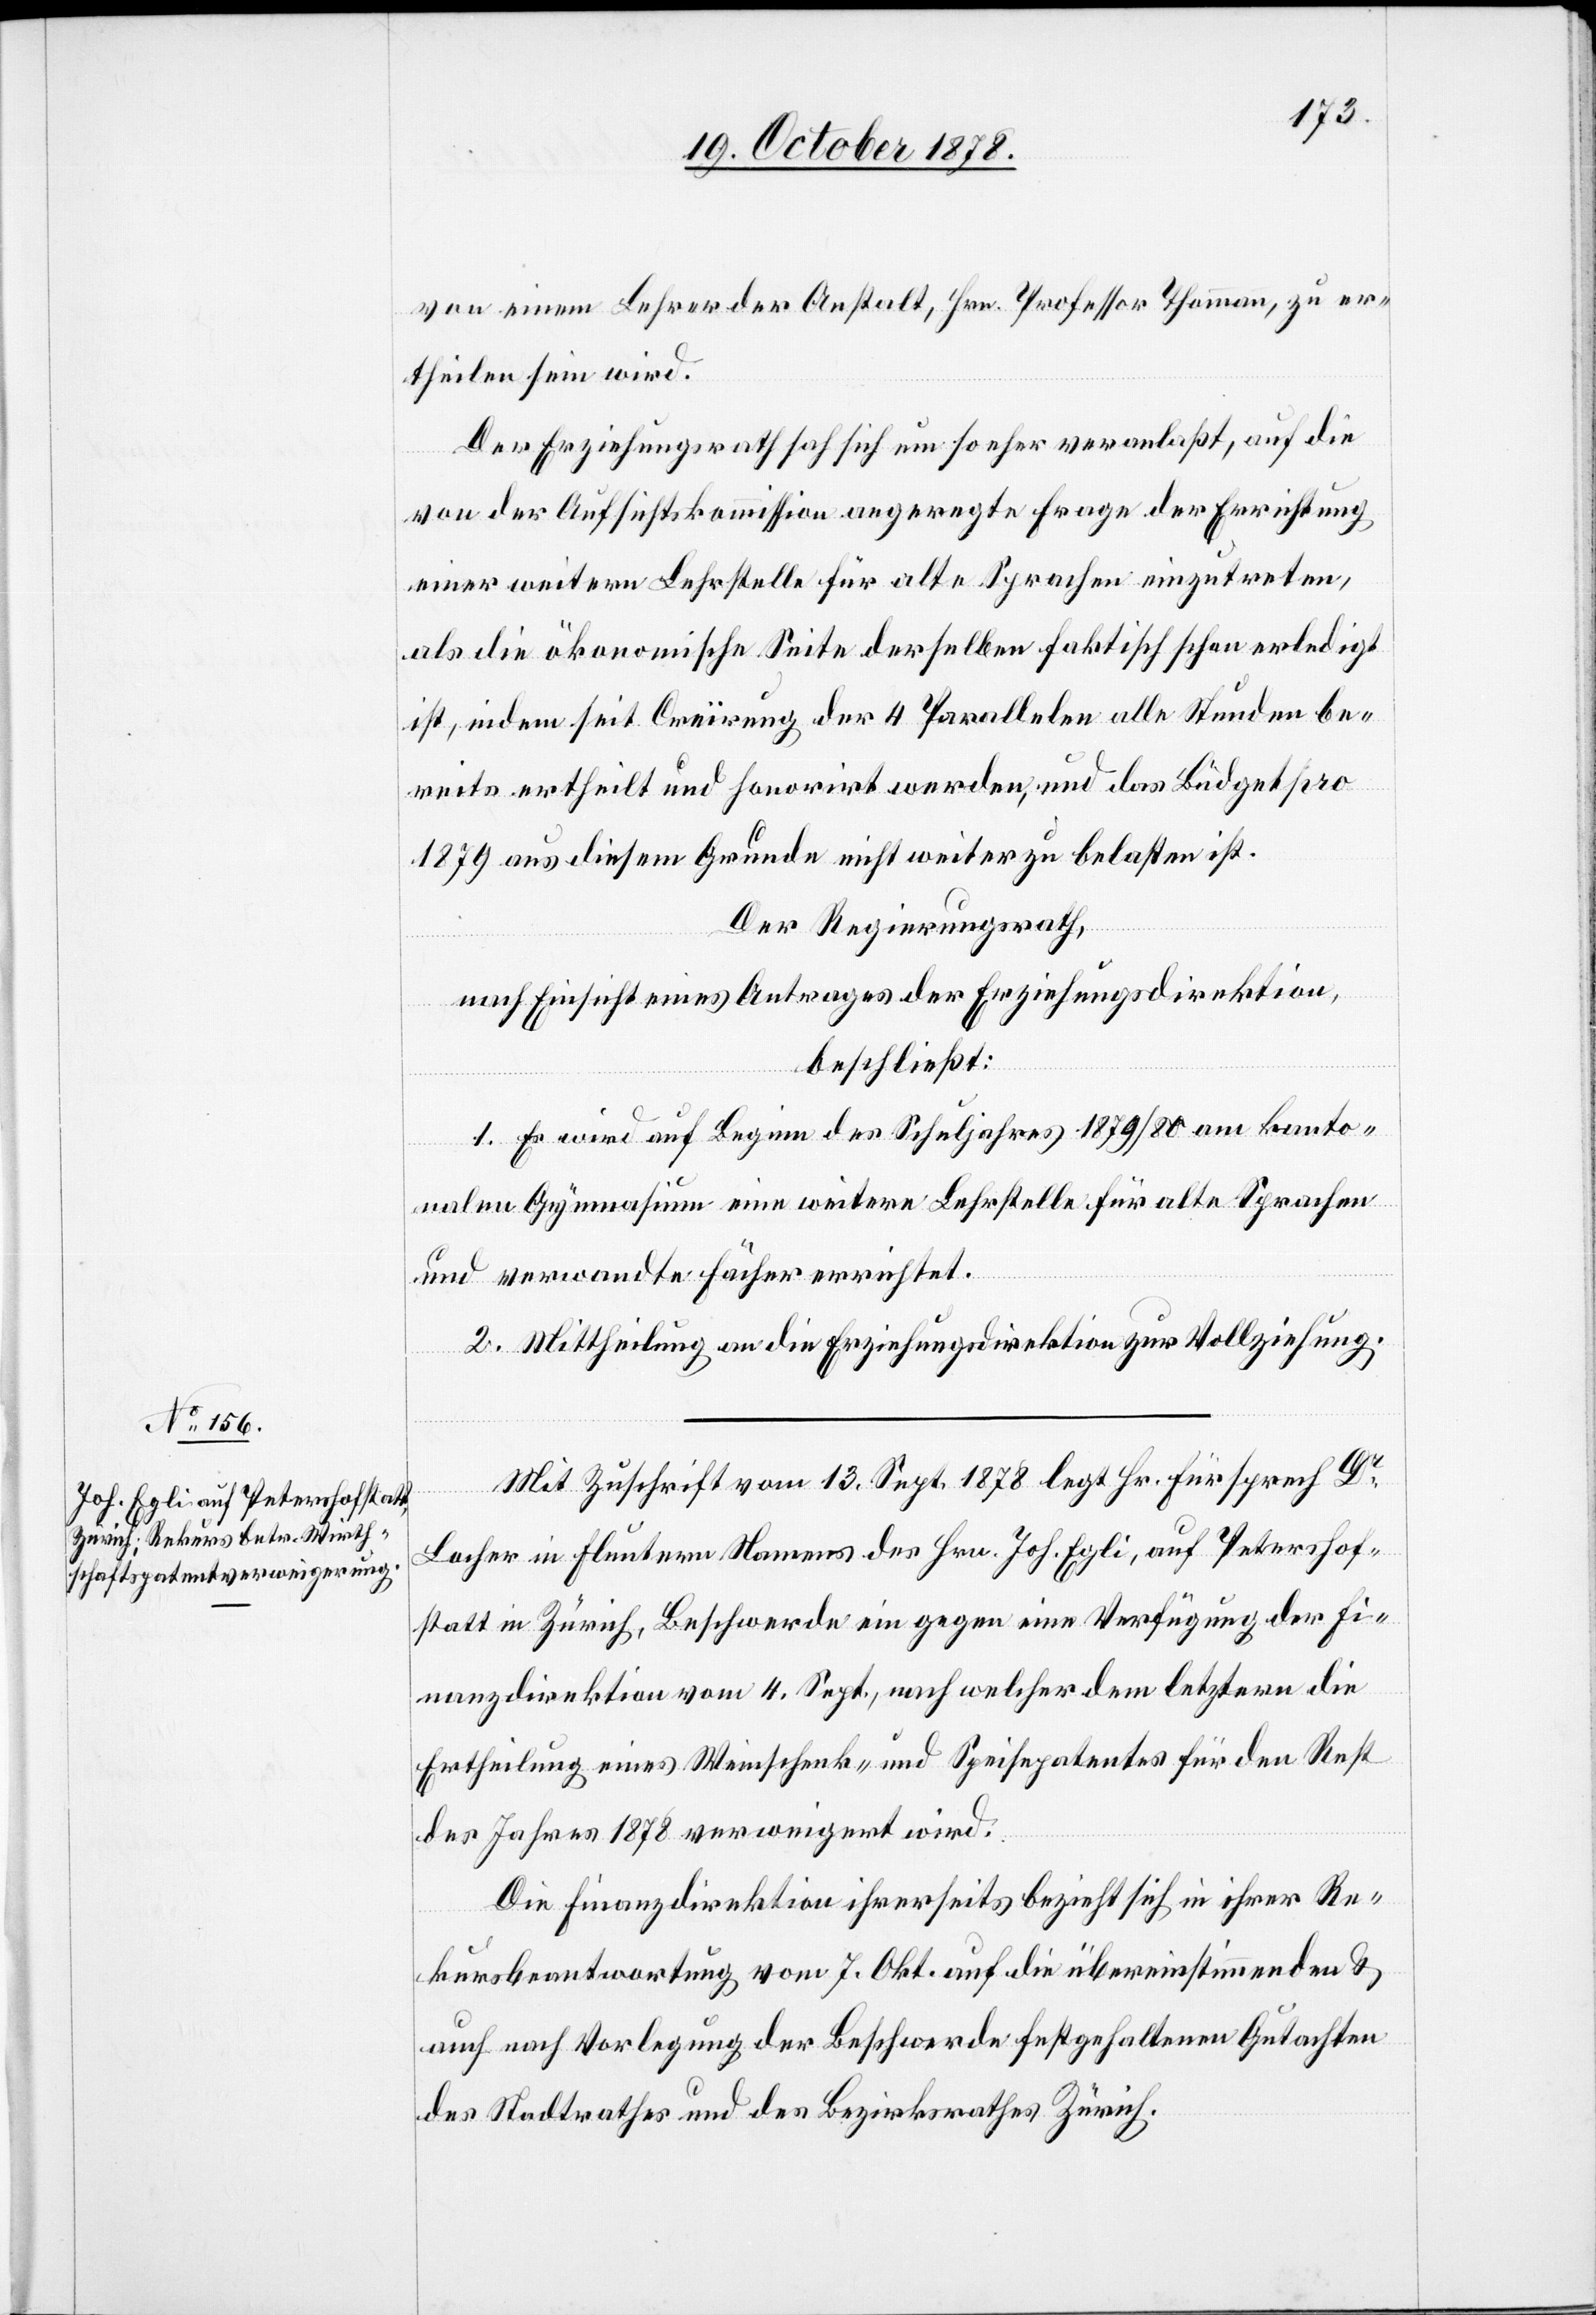
von einem Lehrer der Anstalt, Hrn. Professor Thomann, zu er¬
theilen sein wird.
Der Erziehungsrath sah sich um so eher veranlaßt, auf die
von der Aufsichtskommission angeregte Frage der Errichtung
einer weitern Lehrstelle für alte Sprachen einzutreten,
als die ökonomische Seite derselben faktisch schon erledigt
ist, indem seit Creïrung der 4 Parallelen alle Stunden be¬
reits ertheilt und honorirt werden, und das Büdget pro
1879 aus diesem Grunde nicht weiter zu belasten ist.
Der Regierungsrath,
nach Einsicht eines Antrages der Erziehungsdirektion,
beschließt:
1. Es wird auf Beginn des Schuljahres 1879/80 am kanto¬
nalen Gymnasium eine weitere Lehrstelle für alte Sprachen
und verwandte Fächer errichtet.
2. Mittheilung an die Erziehungsdirektion zur Vollziehung.
Mit Zuschrift vom 13. Sept. 1878 legt Hr. Fürsprech Dr
Locher in Fluntern Namens des Hrn. Joh. Egli, auf Petershof¬
statt in Zürich, Beschwerde ein gegen eine Verfügung der Fi¬
nanzdirektion vom 4. Sept., nach welcher dem letztern die
Ertheilung eines Weinschenk- und Speisepatentes für den Rest
des Jahres 1878 verweigert wird.
Die Finanzdirektion ihrerseits bezieht sich in ihrer Re¬
kursbeantwortung vom 7. Okt. auf die übereinstimmenden &
auch nach Vorlegung der Beschwerde festgehaltenen Gutachten
des Stadtrathes und des Bezirksrathes Zürich.